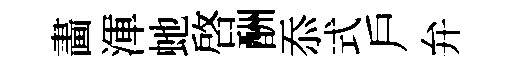
畵渾虵啟酬忝式戶弁